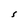
Character: S